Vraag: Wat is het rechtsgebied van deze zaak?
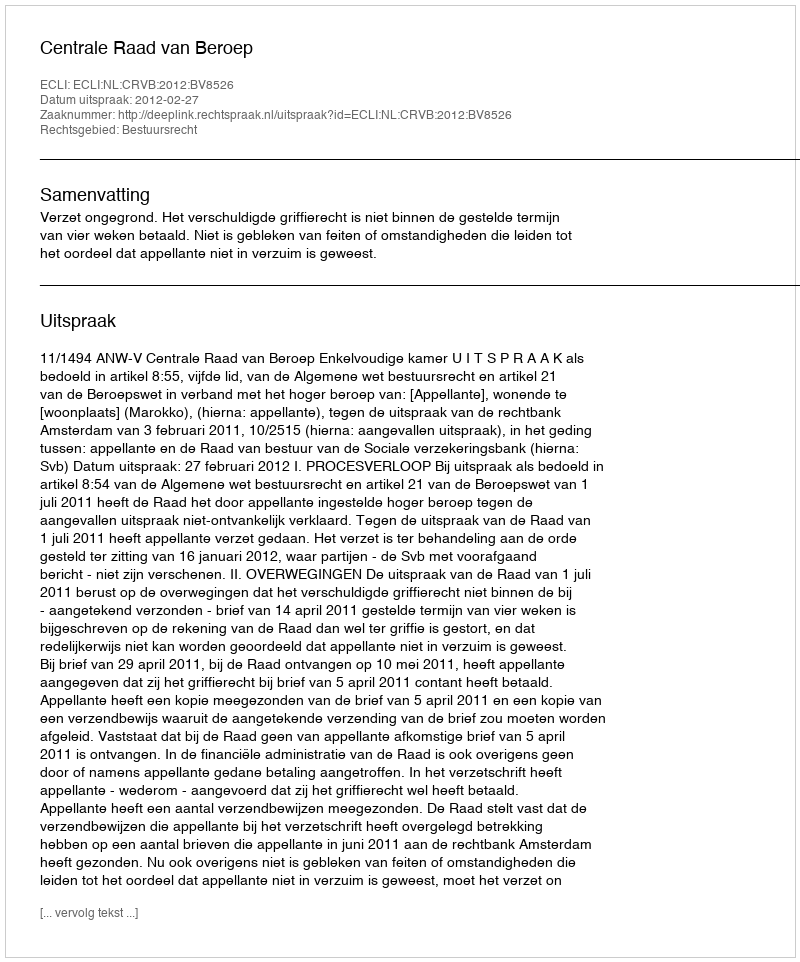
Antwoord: Bestuursrecht